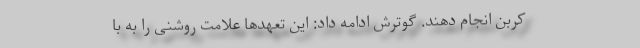
کربن انجام دهند. گوترش ادامه داد: این تعهدها علامت روشنی را به با